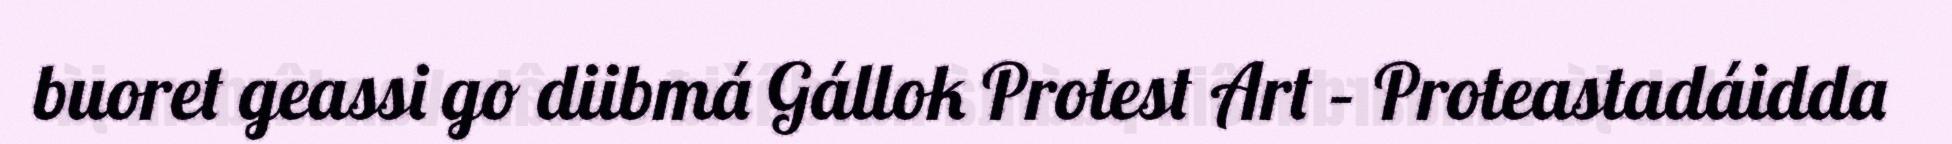
buoret geassi go diibmá Gállok Protest Art – Proteastadáidda